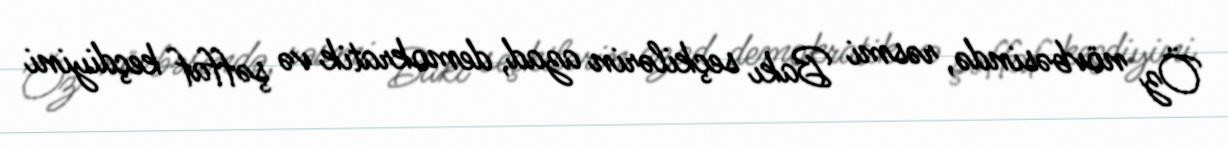
Öz növbəsində, rəsmi Bakı seçkilərin azad, demokratik və şəffaf keçdiyini